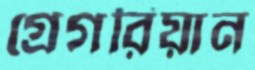
গ্রেগরিয়ান